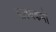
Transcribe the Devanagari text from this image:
पाठ्यकर्मों